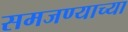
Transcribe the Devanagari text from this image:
समजण्याच्या